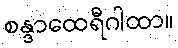
စန္ဒာထေရီဂါထာ။